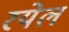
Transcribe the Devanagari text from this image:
रयेल